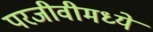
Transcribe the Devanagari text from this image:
परजीवीमध्ये